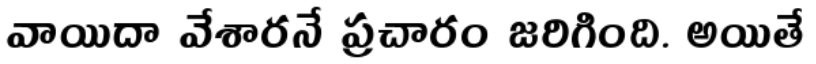
వాయిదా వేశారనే ప్రచారం జరిగింది. అయితే